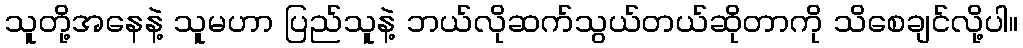
သူတို့အနေနဲ့ သူမဟာ ပြည်သူနဲ့ ဘယ်လိုဆက်သွယ်တယ်ဆိုတာကို သိစေချင်လို့ပါ။